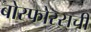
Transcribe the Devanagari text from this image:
बोस्फोरसची